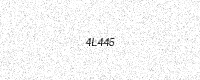
Text: 4L445